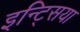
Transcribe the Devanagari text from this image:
इन्ट्सिया